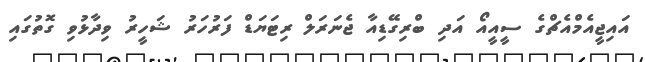
އައިޖީއެމްއެޗްގެ ސީއީއޯ އަދި ބްރިގޭޑިއާ ޖެނަރަލް ރިޓަޔަޑް ފަރުހަރު ޝަހީރު ވިދާޅުވި ގޮތުގައި